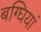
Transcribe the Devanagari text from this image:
बग्घियां